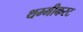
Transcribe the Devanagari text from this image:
थम्मीकरट